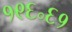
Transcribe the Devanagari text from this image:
१९६॰६१